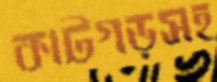
কাটগড়সহ